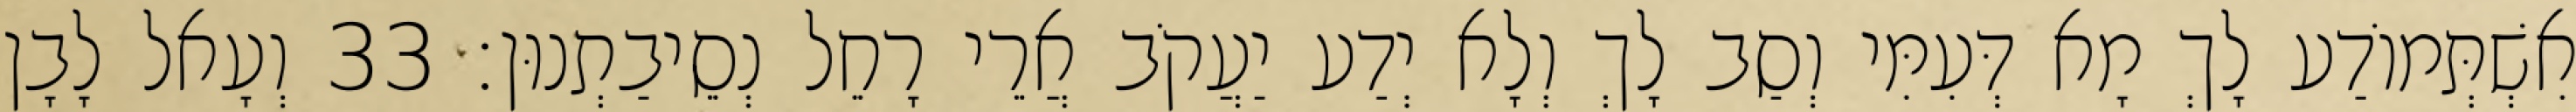
אִשְׁתְּמוֹדַע לָךְ מָא דְּעִמִּי וְסַב לָךְ וְלָא יְדַע יַעֲקֹב אֲרֵי רָחֵל נְסֵיבַתְנוּן׃ 33 וְעָאל לָבָן